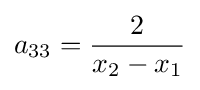
a_{33}={\frac {2}{x_{2}-x_{1}}}